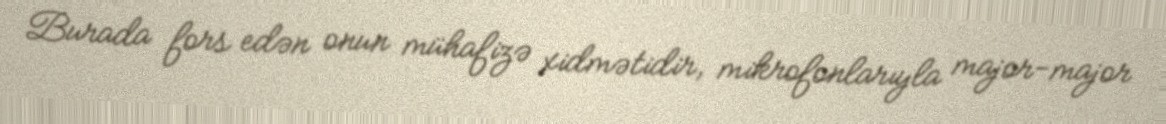
Burada fors edən onun mühafizə xidmətidir, mikrofonlarıyla major-major